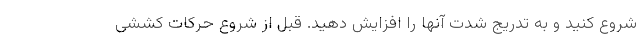
شروع کنید و به تدریج شدت آنها را افزایش دهید. قبل از شروع حرکات کششی